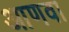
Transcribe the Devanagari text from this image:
आणवा